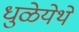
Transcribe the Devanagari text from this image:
धुळेयेथे